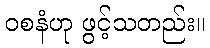
ဝစနံဟု ဖွင့်သတည်း။